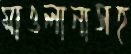
মাওলানাসহ